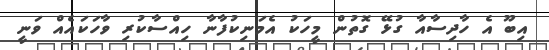
އިބޫ އެ ހާދިސާއާ ގުޅޭ ގޮތުން މީހަކު އެމަނިކުފާނާ ހިއްސާކުރި ވާހަކައެއް ވަނީ